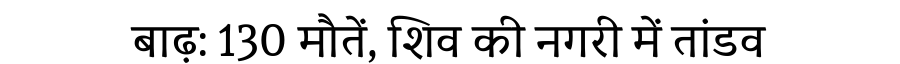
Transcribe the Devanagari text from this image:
बाढ़: 130 मौतें, शिव की नगरी में तांडव